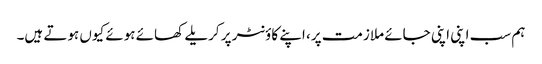
ہم سب اپنی اپنی جائے ملازمت پر، اپنے کاؤنٹر پر کریلے کھائے ہوئے کیوں ہوتے ہیں۔